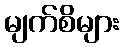
မျက်စိများ